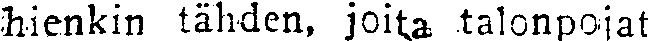
hienkin tähden, joita talonpojat